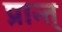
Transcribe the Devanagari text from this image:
प्रान्त्